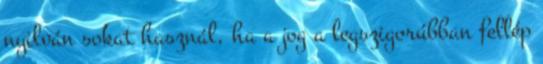
nyilván sokat használ, ha a jog a legszigorúbban fellép